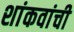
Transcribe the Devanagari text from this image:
शांकवांची